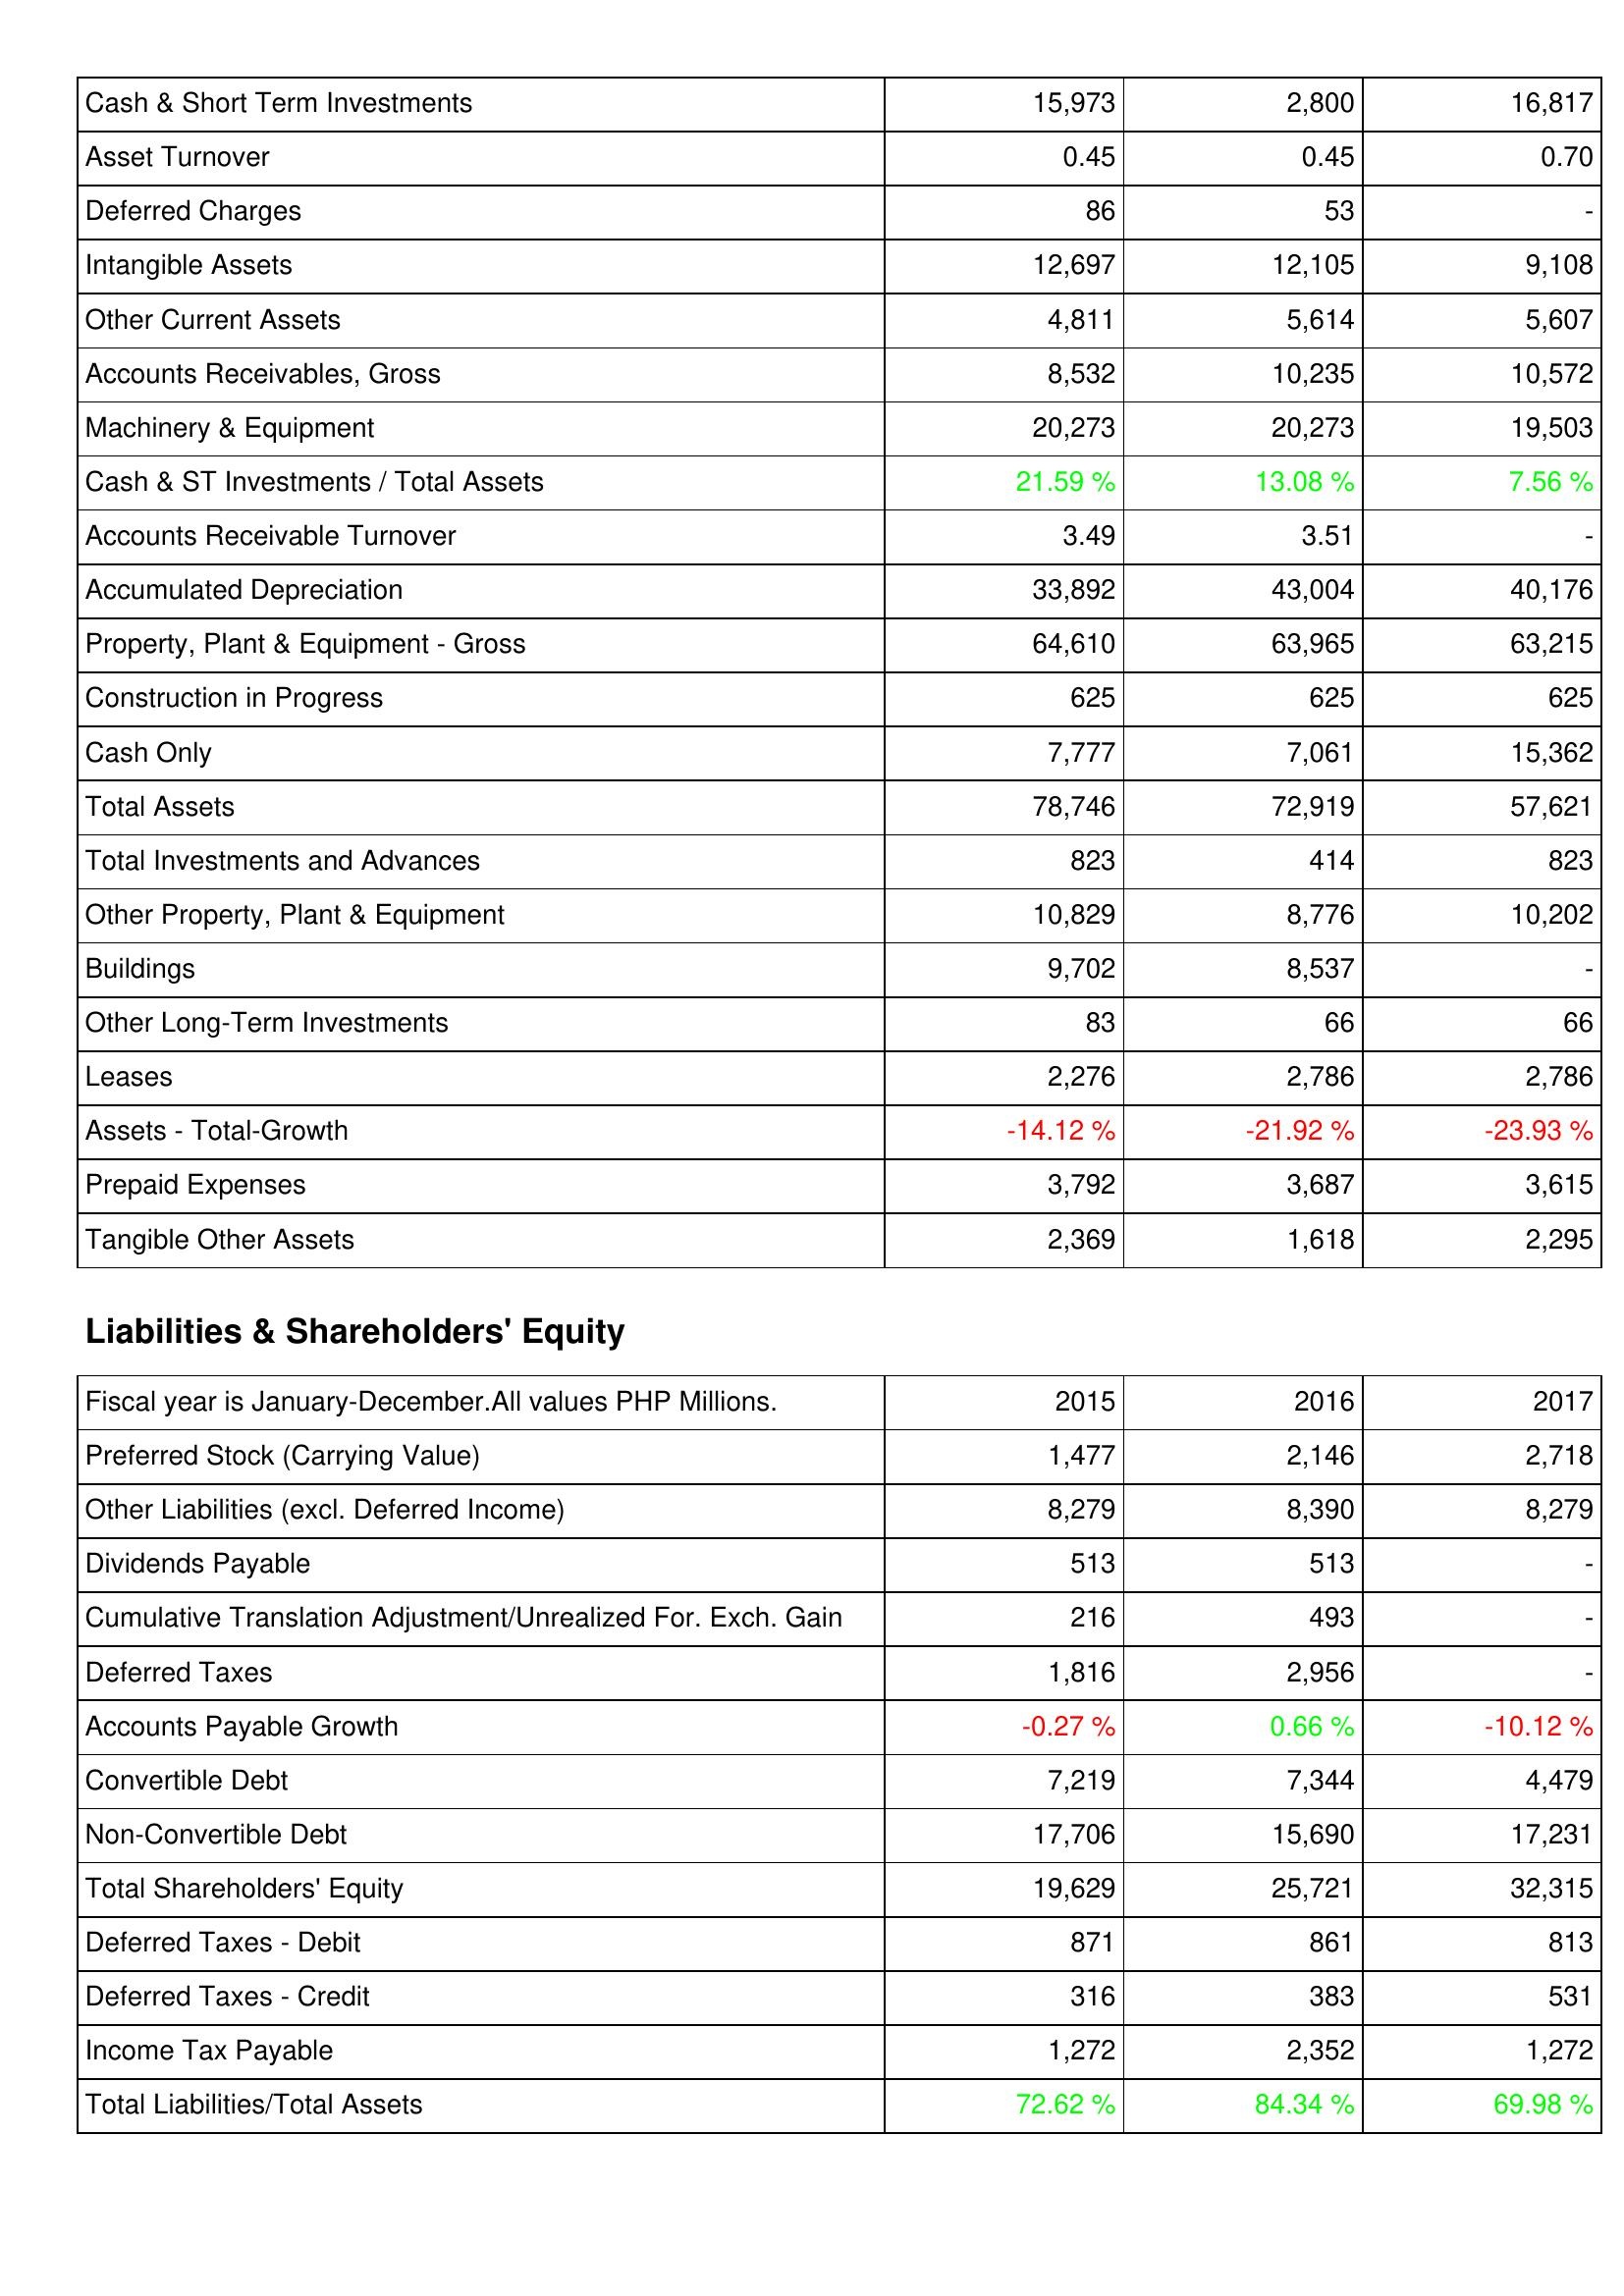
2015: Assets: Cash & Short Term Investments: 15,973
Asset Turnover: 0.45
Deferred Charges: 86
Intangible Assets: 12,697
Other Current Assets: 4,811
Accounts Receivables, Gross: 8,532
Machinery & Equipment: 20,273
Cash & ST Investments / Total Assets: 21.59 %
Accounts Receivable Turnover: 3.49
Accumulated Depreciation: 33,892
Property, Plant & Equipment - Gross: 64,610
Construction in Progress: 625
Cash Only: 7,777
Total Assets: 78,746
Total Investments and Advances: 823
Other Property, Plant & Equipment: 10,829
Buildings: 9,702
Other Long-Term Investments: 83
Leases: 2,276
Assets - Total-Growth: -14.12 %
Prepaid Expenses: 3,792
Tangible Other Assets: 2,369
Liabilities & Shareholders' Equity: Preferred Stock (Carrying Value): 1,477
Other Liabilities (excl. Deferred Income): 8,279
Dividends Payable: 513
Cumulative Translation Adjustment/Unrealized For. Exch. Gain: 216
Deferred Taxes: 1,816
Accounts Payable Growth: -0.27 %
Convertible Debt: 7,219
Non-Convertible Debt: 17,706
Total Shareholders' Equity: 19,629
Deferred Taxes - Debit: 871
Deferred Taxes - Credit: 316
Income Tax Payable: 1,272
Total Liabilities/Total Assets: 72.62 %
2016: Assets: Cash & Short Term Investments: 2,800
Asset Turnover: 0.45
Deferred Charges: 53
Intangible Assets: 12,105
Other Current Assets: 5,614
Accounts Receivables, Gross: 10,235
Machinery & Equipment: 20,273
Cash & ST Investments / Total Assets: 13.08 %
Accounts Receivable Turnover: 3.51
Accumulated Depreciation: 43,004
Property, Plant & Equipment - Gross: 63,965
Construction in Progress: 625
Cash Only: 7,061
Total Assets: 72,919
Total Investments and Advances: 414
Other Property, Plant & Equipment: 8,776
Buildings: 8,537
Other Long-Term Investments: 66
Leases: 2,786
Assets - Total-Growth: -21.92 %
Prepaid Expenses: 3,687
Tangible Other Assets: 1,618
Liabilities & Shareholders' Equity: Preferred Stock (Carrying Value): 2,146
Other Liabilities (excl. Deferred Income): 8,390
Dividends Payable: 513
Cumulative Translation Adjustment/Unrealized For. Exch. Gain: 493
Deferred Taxes: 2,956
Accounts Payable Growth: 0.66 %
Convertible Debt: 7,344
Non-Convertible Debt: 15,690
Total Shareholders' Equity: 25,721
Deferred Taxes - Debit: 861
Deferred Taxes - Credit: 383
Income Tax Payable: 2,352
Total Liabilities/Total Assets: 84.34 %
2017: Assets: Cash & Short Term Investments: 16,817
Asset Turnover: 0.70
Deferred Charges: -
Intangible Assets: 9,108
Other Current Assets: 5,607
Accounts Receivables, Gross: 10,572
Machinery & Equipment: 19,503
Cash & ST Investments / Total Assets: 7.56 %
Accounts Receivable Turnover: -
Accumulated Depreciation: 40,176
Property, Plant & Equipment - Gross: 63,215
Construction in Progress: 625
Cash Only: 15,362
Total Assets: 57,621
Total Investments and Advances: 823
Other Property, Plant & Equipment: 10,202
Buildings: -
Other Long-Term Investments: 66
Leases: 2,786
Assets - Total-Growth: -23.93 %
Prepaid Expenses: 3,615
Tangible Other Assets: 2,295
Liabilities & Shareholders' Equity: Preferred Stock (Carrying Value): 2,718
Other Liabilities (excl. Deferred Income): 8,279
Dividends Payable: -
Cumulative Translation Adjustment/Unrealized For. Exch. Gain: -
Deferred Taxes: -
Accounts Payable Growth: -10.12 %
Convertible Debt: 4,479
Non-Convertible Debt: 17,231
Total Shareholders' Equity: 32,315
Deferred Taxes - Debit: 813
Deferred Taxes - Credit: 531
Income Tax Payable: 1,272
Total Liabilities/Total Assets: 69.98 %